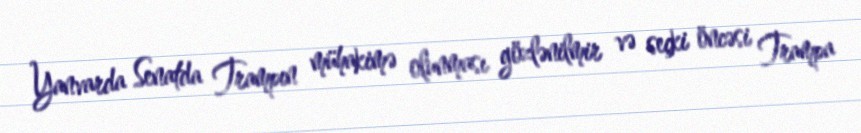
Yanvarda Senatda Trampın mühakimə olunması gözlənilmir və seçki öncəsi Trampa